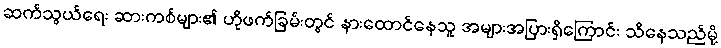
ဆက်သွယ်ရေး ဆားကစ်များ၏ ဟိုဖက်ခြမ်းတွင် နားထောင်နေသူ အများအပြားရှိကြောင်း သိနေသည်မို့